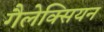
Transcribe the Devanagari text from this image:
गैलेक्सियन